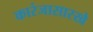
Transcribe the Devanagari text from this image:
कारंजासारखे